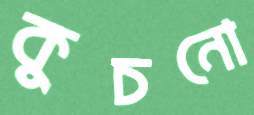
কুচনো